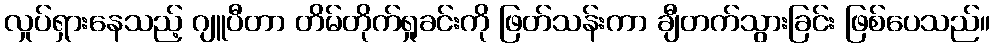
လှုပ်ရှားနေသည့် ဂျူပီတာ တိမ်တိုက်ရှုခင်းကို ဖြတ်သန်းကာ ချီတက်သွားခြင်း ဖြစ်ပေသည်။